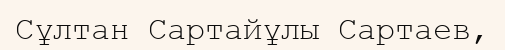
Сұлтан Сартайұлы Сартаев,